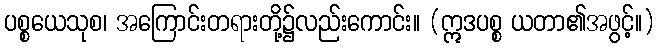
ပစ္စယေသုစ၊ အကြောင်းတရားတို့၌လည်းကောင်း။ (ဣဒပစ္စ ယတာ၏အဖွင့်။)